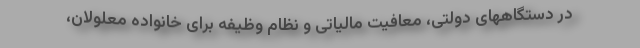
در دستگاههاى دولتى، معافيت مالياتى و نظام وظيفه براى خانواده معلولان،